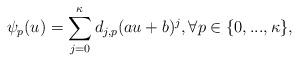
LaTeX: \begin{align*}\psi_p(u)=\sum_{j=0}^\kappa d_{j,p}(au+b)^j,\forall p\in\{0,...,\kappa\},\end{align*}